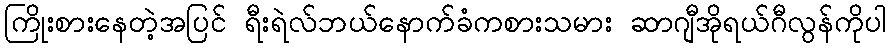
ကြိုးစားနေတဲ့အပြင် ရီးရဲလ်ဘယ်နောက်ခံကစားသမား ဆာဂျီအိုရယ်ဂီလွန်ကိုပါ